system: You are a helpful assistant.
user:
Analyze the provided spectrum to determine if it is a **"Cataclysmic Variables (CV)"**.

- **Key Indicators for CV (Check for either state):**
    - **State 1: Quiescent / Low-State (Emission-Dominated)**
        - **(Primary):** Strong and *very broad* Hydrogen Balmer emission lines (e.g., $H\alpha$ at 6563 Å, $H\beta$ at 4861 Å). The 'broadness' (high velocity dispersion, often FWHM > 1000 km/s) is the key diagnostic, indicating a high-velocity accretion disk.
        - **(Secondary):** Broad neutral Helium (He I) emission lines (e.g., 5876 Å, 6678 Å).
        - **(Key Confirmation):** Presence of high-excitation *ionized* Helium (He II) emission at 4686 Å. This is a strong indicator of accretion onto a white dwarf.
        - **(Line Profile):** Emission lines may exhibit a 'double-peaked' profile, which is a classic signature of a rotating accretion disk viewed at high inclination.

    - **State 2: Outburst / High-State (Absorption-Dominated)**
        - **(Primary):** Spectrum is dominated by a bright, blue continuum (looks like a hot star).
        - **(Secondary):** The emission lines from State 1 are weak, absent, or 'filled in', and are replaced by broad, shallow *absorption* lines (primarily Balmer and He I).
        - **(Morphology):** The overall spectrum mimics a hot B/A-type star. The crucial difference is that the absorption lines are significantly broader, shallower, and more 'washed-out' (or 'smeared') than the sharp lines of a normal stellar photosphere, due to high rotational speeds and pressure broadening in the disk.

Think first, call **spectral_visualization_tool** if needed to examine features in detail, then provide your final answer. Your response must adhere to the following strict rules:
1.  **Overall Structure:** Your response must follow the format `<think>...</think> <tool_call>...</tool_call> (if a tool is used) <answer>...</answer>`.
2.  **Tool Usage Constraint:** You may only make **one** tool call per turn.
3.  **Final Answer Format:** In the `<answer>` tag, your conclusion must be inside a `\boxed{}` command (e.g., `\boxed{YES}`), followed by your justification.

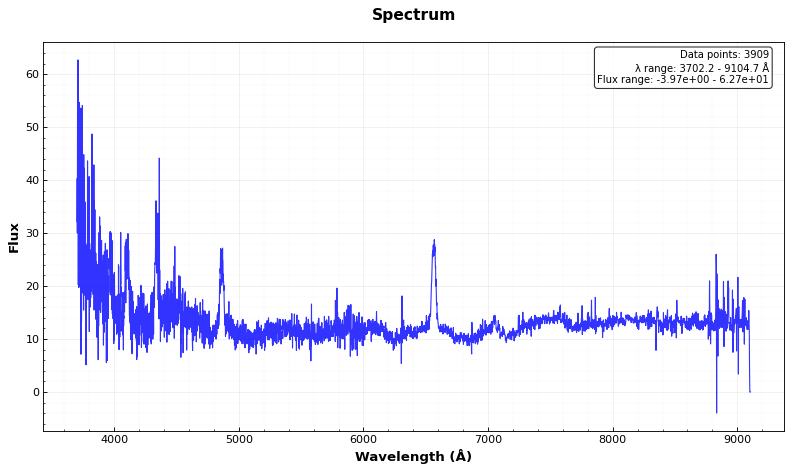
Answer: YES